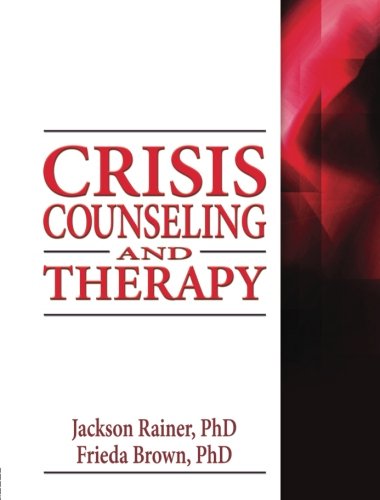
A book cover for Crisis Counseling and Therapy (Haworth Series in Clinical Psychotherapy); Jackson Rainer; Politics & Social Sciences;